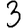
Digit: 3